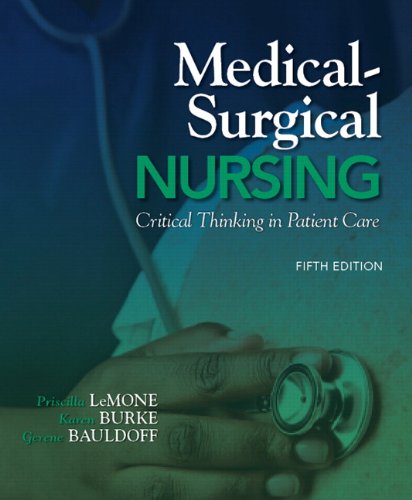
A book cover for Medical-Surgical Nursing: Critical Thinking in Patient Care (5th Edition); Priscilla LeMone; Medical Books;